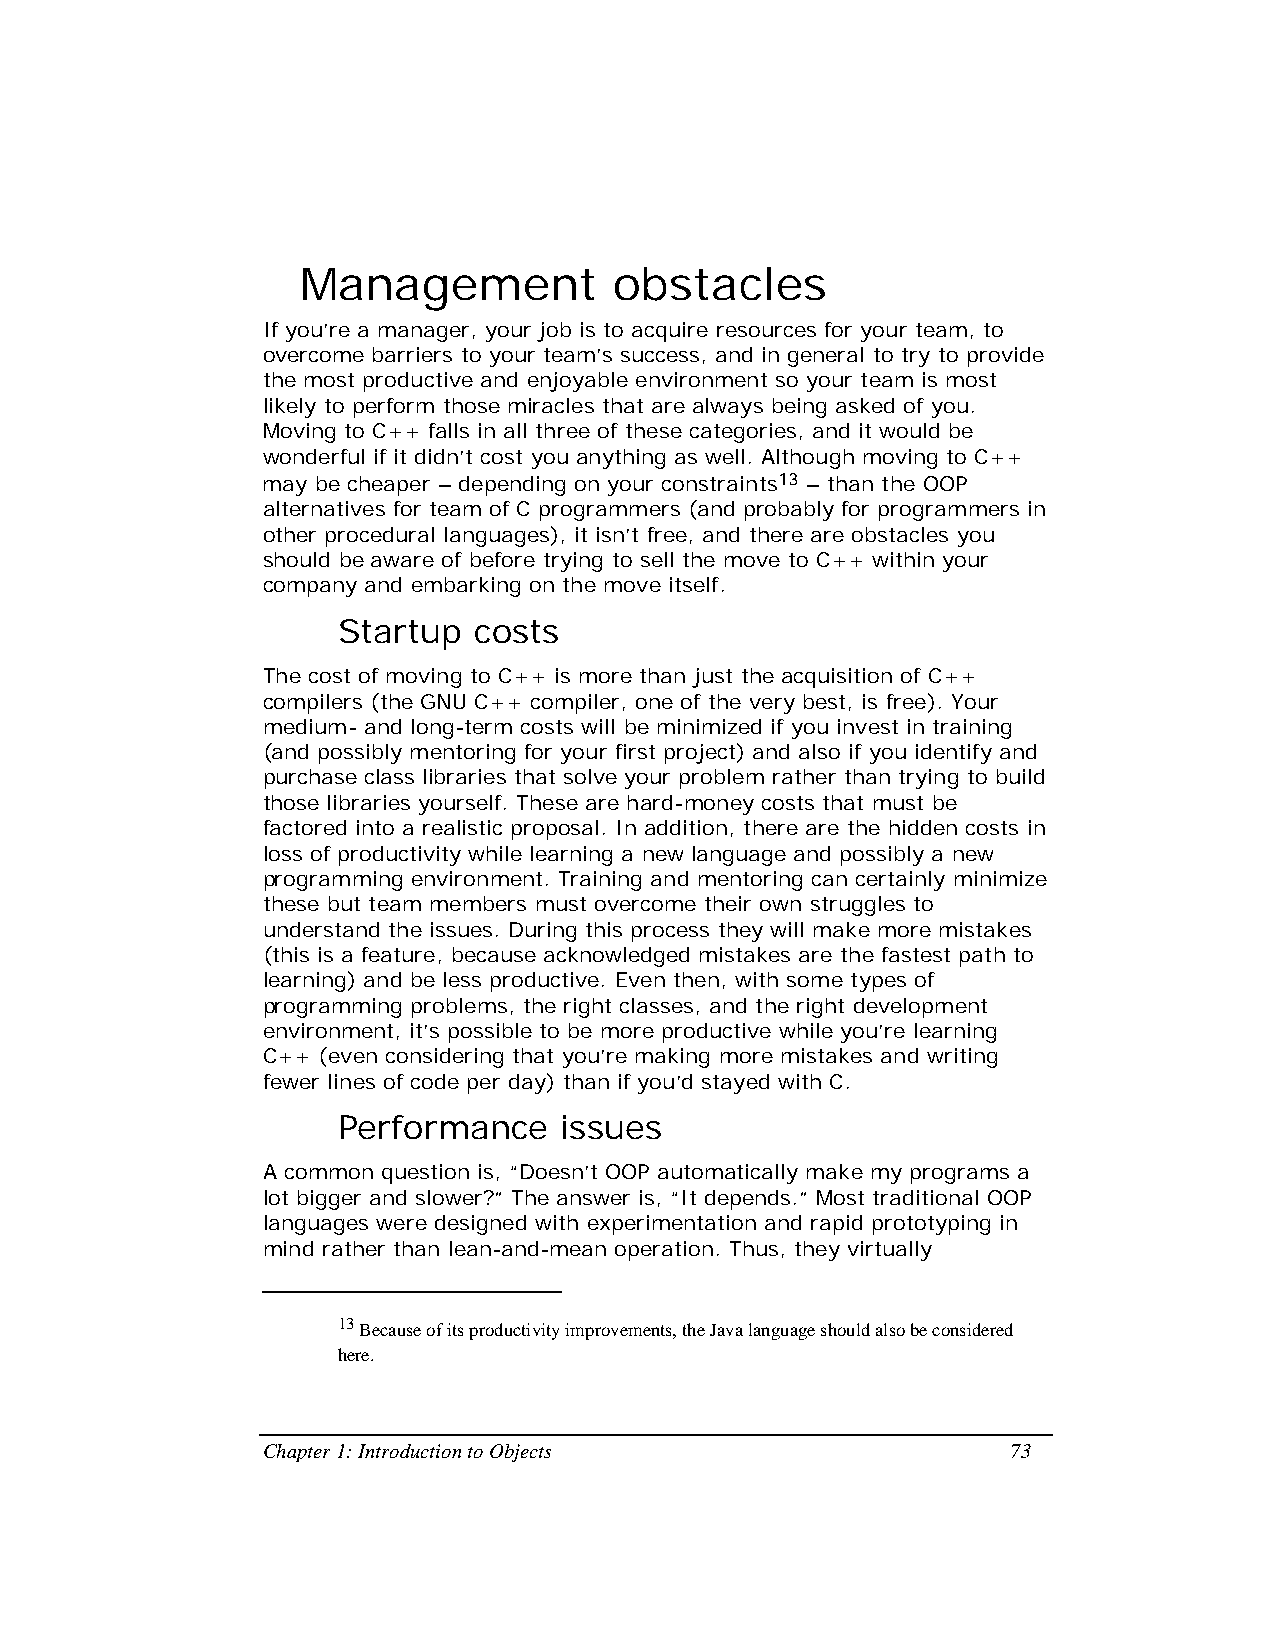
Management           obstacles
 If you’re a manager, your job is to acquire resources for your team, to
 overcome barriers to your team’s success, and in general to try to provide
 the most productive and enjoyable environment so your team is most
 likely to perform those miracles that are always being asked of you.
 Moving to C++ falls in all three of these categories, and it would be
 wonderful if it didn’t cost you anything as well. Although moving to C++
 may be cheaper – depending on your constraints13 – than the OOP
 alternatives for team of C programmers (and probably for programmers in
 other procedural languages), it isn’t free, and there are obstacles you
 should be aware of before trying to sell the move to C++ within your
 company and embarking on the move itself.
 Startup  costs
 The cost of moving to C++ is more than just the acquisition of C++
 compilers (the GNU C++ compiler, one of the very best, is free). Your
 medium- and long-term costs will be minimized if you invest in training
 (and possibly mentoring for your first project) and also if you identify and
 purchase class libraries that solve your problem rather than trying to build
 those libraries yourself. These are hard-money costs that must be
 factored into a realistic proposal. In addition, there are the hidden costs in
 loss of productivity while learning a new language and possibly a new
 programming environment. Training and mentoring can certainly minimize
 these but team members must overcome their own struggles to
 understand the issues. During this process they will make more mistakes
 (this is a feature, because acknowledged mistakes are the fastest path to
 learning) and be less productive. Even then, with some types of
 programming problems, the right classes, and the right development
 environment, it’s possible to be more productive while you’re learning
 C++ (even considering that you’re making more mistakes and writing
 fewer lines of code per day) than if you’d stayed with C.
 Performance    issues
 A common question is, “Doesn’t OOP automatically make my programs a
 lot bigger and slower?” The answer is, “It depends.” Most traditional OOP
 languages were designed with experimentation and rapid prototyping in
 mind rather than lean-and-mean operation. Thus, they virtually
 13 Because of its productivity improvements, the Java language should also be considered
 here.
 Chapter 1: Introduction to Objects                73